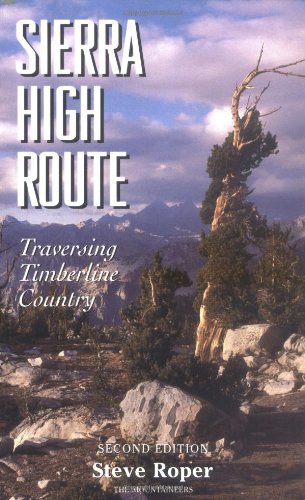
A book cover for The Sierra High Route: Traversing Timberline Country; Steve Roper; Sports & Outdoors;